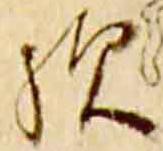
歟